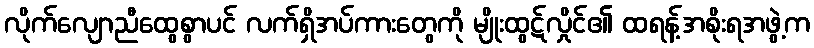
လိုက်လျောညီထွေစွာပင် လက်ရှိအပ်ကားတွေကို မျိုးထွဋ်လှိုင်၏ ထရန့်အစိုးရအဖွဲ့က